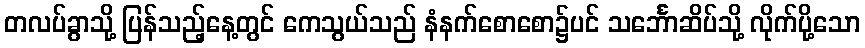
တလပ်ခွာသို့ ပြန်သည့်နေ့တွင် ကေသွယ်သည် နံနက်စောစော၌ပင် သင်္ဘောဆိပ်သို့ လိုက်ပို့သော